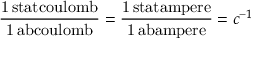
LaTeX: \mathrm { \frac { 1 \, s t a t c o u l o m b } { 1 \, a b c o u l o m b } } = \mathrm { \frac { 1 \, s t a t a m p e r e } { 1 \, a b a m p e r e } } = c ^ { - 1 }